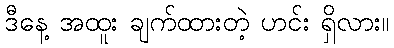
ဒီနေ့ အထူး ချက်ထားတဲ့ ဟင်း ရှိလား။